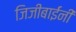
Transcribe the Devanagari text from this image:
जिजीबाईंनी